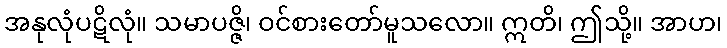
အနုလုံပဋိလုံ။ သမာပဇ္ဇိ၊ ဝင်စားတော်မူသလော။ ဣတိ၊ ဤသို့။ အာဟ၊